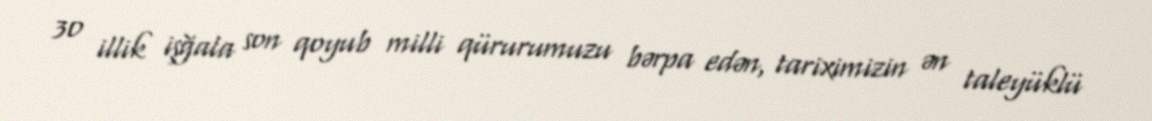
30 illik işğala son qoyub milli qürurumuzu bərpa edən, tariximizin ən taleyüklü